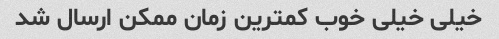
خیلی خیلی خوب کمترین زمان ممکن ارسال شد